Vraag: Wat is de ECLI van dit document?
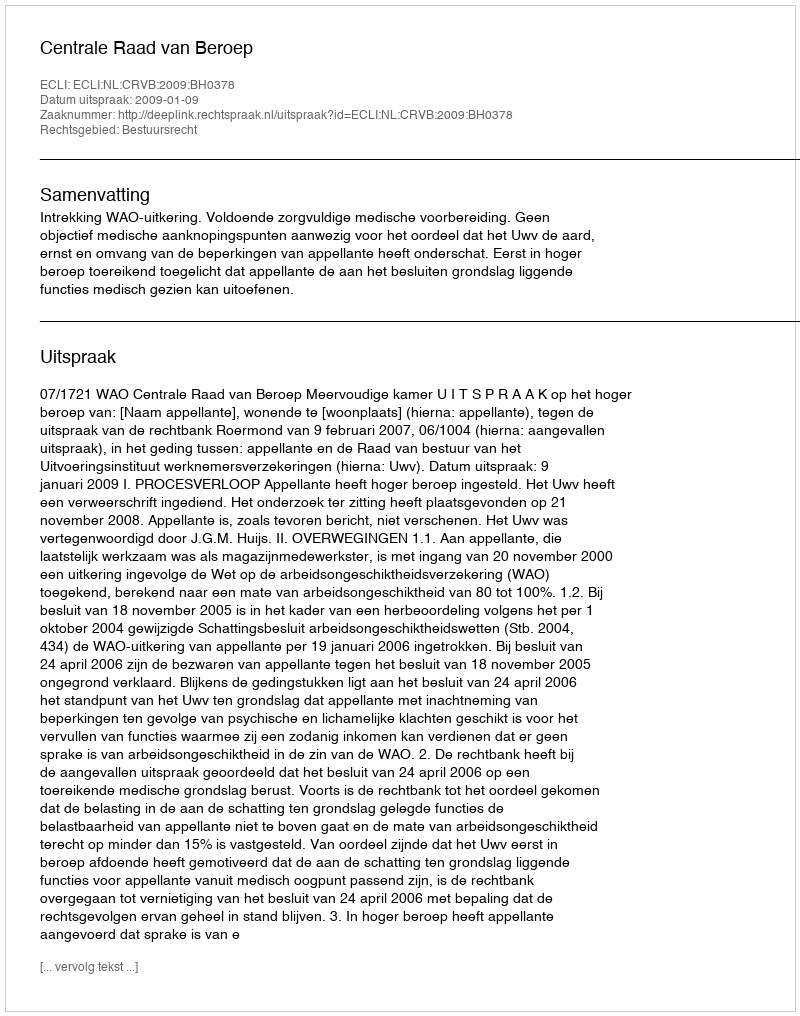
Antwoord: ECLI:NL:CRVB:2009:BH0378